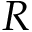
R